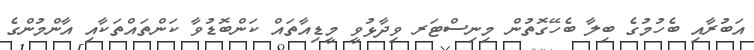
އަބުރާއި ބެހުމުގެ ބިލާ ބެހޭގޮތުން މިނިސްޓަރ ވިދާޅުވީ މީޑިއާތައް ކަންބޮޑުވާ ކަންތައްތަކާއި އާންމުންގެ